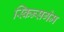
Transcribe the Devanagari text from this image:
स्किन्सगेम